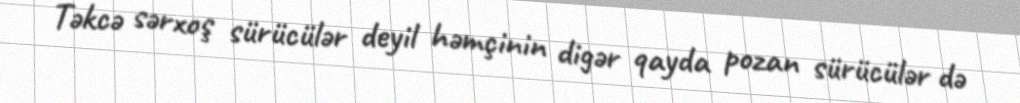
Təkcə sərxoş sürücülər deyil həmçinin digər qayda pozan sürücülər də